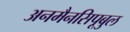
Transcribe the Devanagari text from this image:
अनमैनसिपूबुल